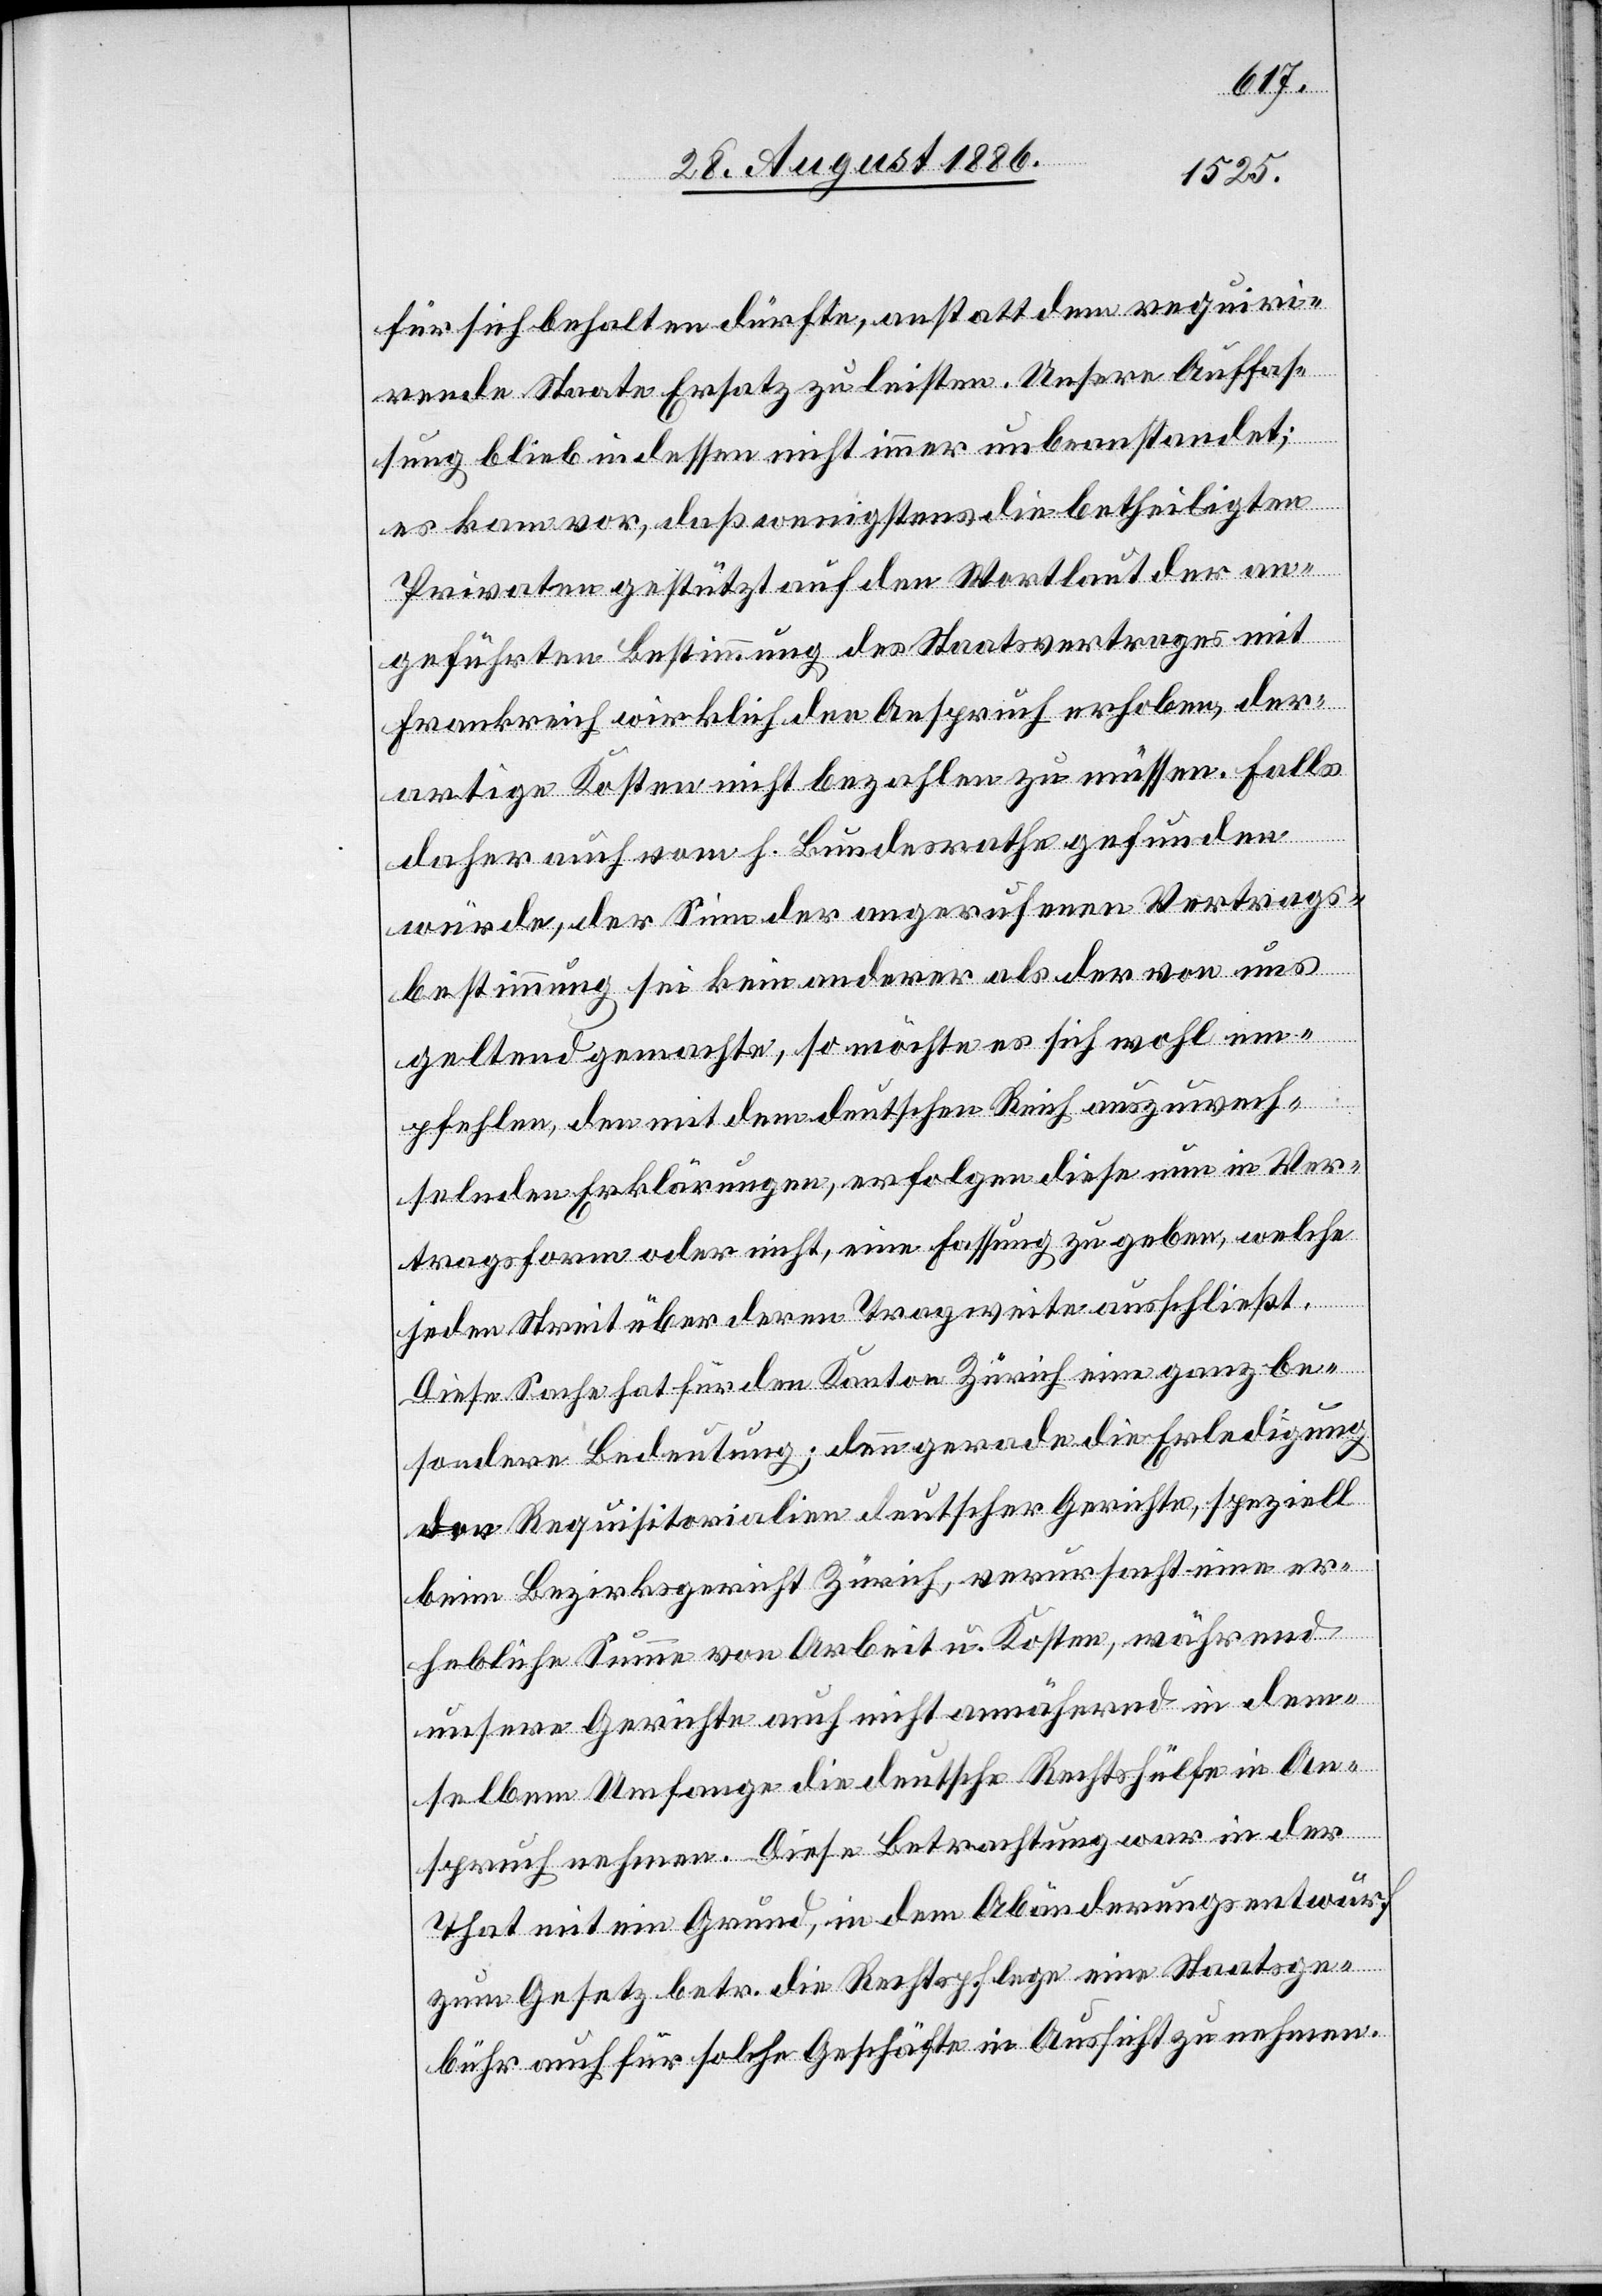
für sich behalten dürfte, anstatt dem requiri¬
rende[n] Staate Ersatz zu leisten. Unsere Auffas¬
sung blieb indessen nicht immer unbeanstandet;
es kam vor, daß wenigstens die betheiligten
Privaten gestützt auf den Wortlaut der an¬
geführten Bestimmung des Staatsvertrages mit
Frankreich wirklich den Anspruch erhoben, der¬
artige Kosten nicht bezahlen zu müssen. Falls
daher auch vom h. Bundesrathe gefunden
würde, der Sinn der angerufenen Vertrags¬
bestimmung sei kein anderer als der von uns
geltend gemachte, so möchte es sich wohl em¬
pfehlen, den mit dem deutschen Reich auszuwech¬
selnden Erklärungen, erfolgen diese nun in Ver¬
tragsform oder nicht, eine Fassung zu geben, welche
jeden Streit über deren Tragweite ausschließt.
Diese Sache hat für den Kanton Zürich eine ganz be¬
sondere Bedeutung; denn gerade die Erledigung
der Requisitorialien deutscher Gerichte, speziell
beim Bezirksgericht Zürich, verursacht eine er¬
hebliche Summe von Arbeit u. Kosten, während
unsere Gerichte auch nicht annähernd in dem¬
selbem [sic!] Umfange die deutsche Rechtshülfe in An¬
spruch nehmen. Diese Betrachtung war in der
That mit ein Grund, in dem Abänderungsentwurf
zum Gesetz betr. die Rechtspflege eine Staatsge¬
bühr auch für solche Geschäfte in Aussicht zu nehmen.